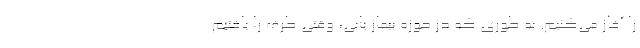
را آغاز می‌کنیم. به طوری که در حوزه بیمار یابی، وقتی طرف را یافتیم